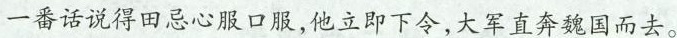
一番话说得田忌心服口服，他立即下令，大军直奔魏国而去。